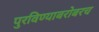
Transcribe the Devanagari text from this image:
पुरविण्याबरोबरच